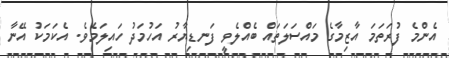
އެންމެ ފުރަތަމަ އާޒިމާގެ މައްސަލަތައް ބެއްލެވީ ފަނޑިޔާރު އަހުމަދު ހައިލަމެވެ. އެކަމަކު އޭނާ